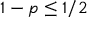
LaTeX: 1 - p \leq 1 / 2